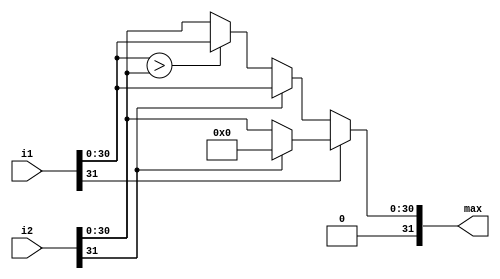
module max_relu( input [31:0] i1, 
            input [31:0] i2,
            output [31:0] max); 

    assign max = (~i1[31]) ? 
                        ((~i2[31]) ? 
                                ((i1[30:0] > i2[30:0]) ? 
                                        i1 
                                        : i2) 
                                : i1) 
                        : ((~i2[31]) ? 
                                i2 
                                : 0);

endmodule